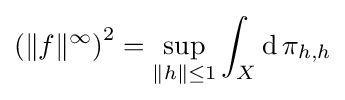
\left(\|f\|^{\infty }\right)^{2}=\sup _{\|h\|\leq 1}\int _{X}\operatorname {d} \pi _{h,h}